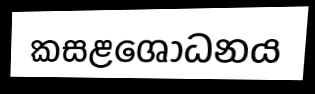
කසළශෝධනය